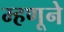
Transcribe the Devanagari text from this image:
म्हणूने